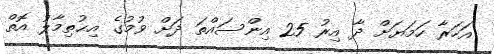
އަހަރާ ހަމަޔަށް ދާ އިރު 25 އިންސައްތަ ދަށް ވުމުގެ އިޙުތިމާލު އޮތް